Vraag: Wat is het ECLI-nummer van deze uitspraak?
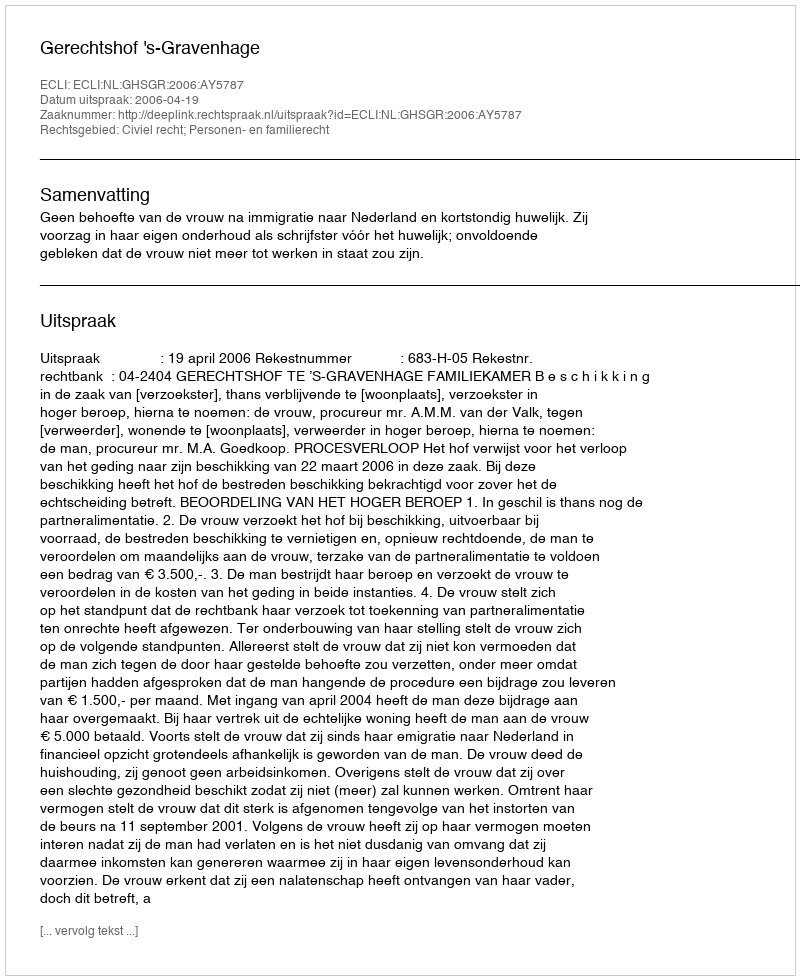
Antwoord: ECLI:NL:GHSGR:2006:AY5787